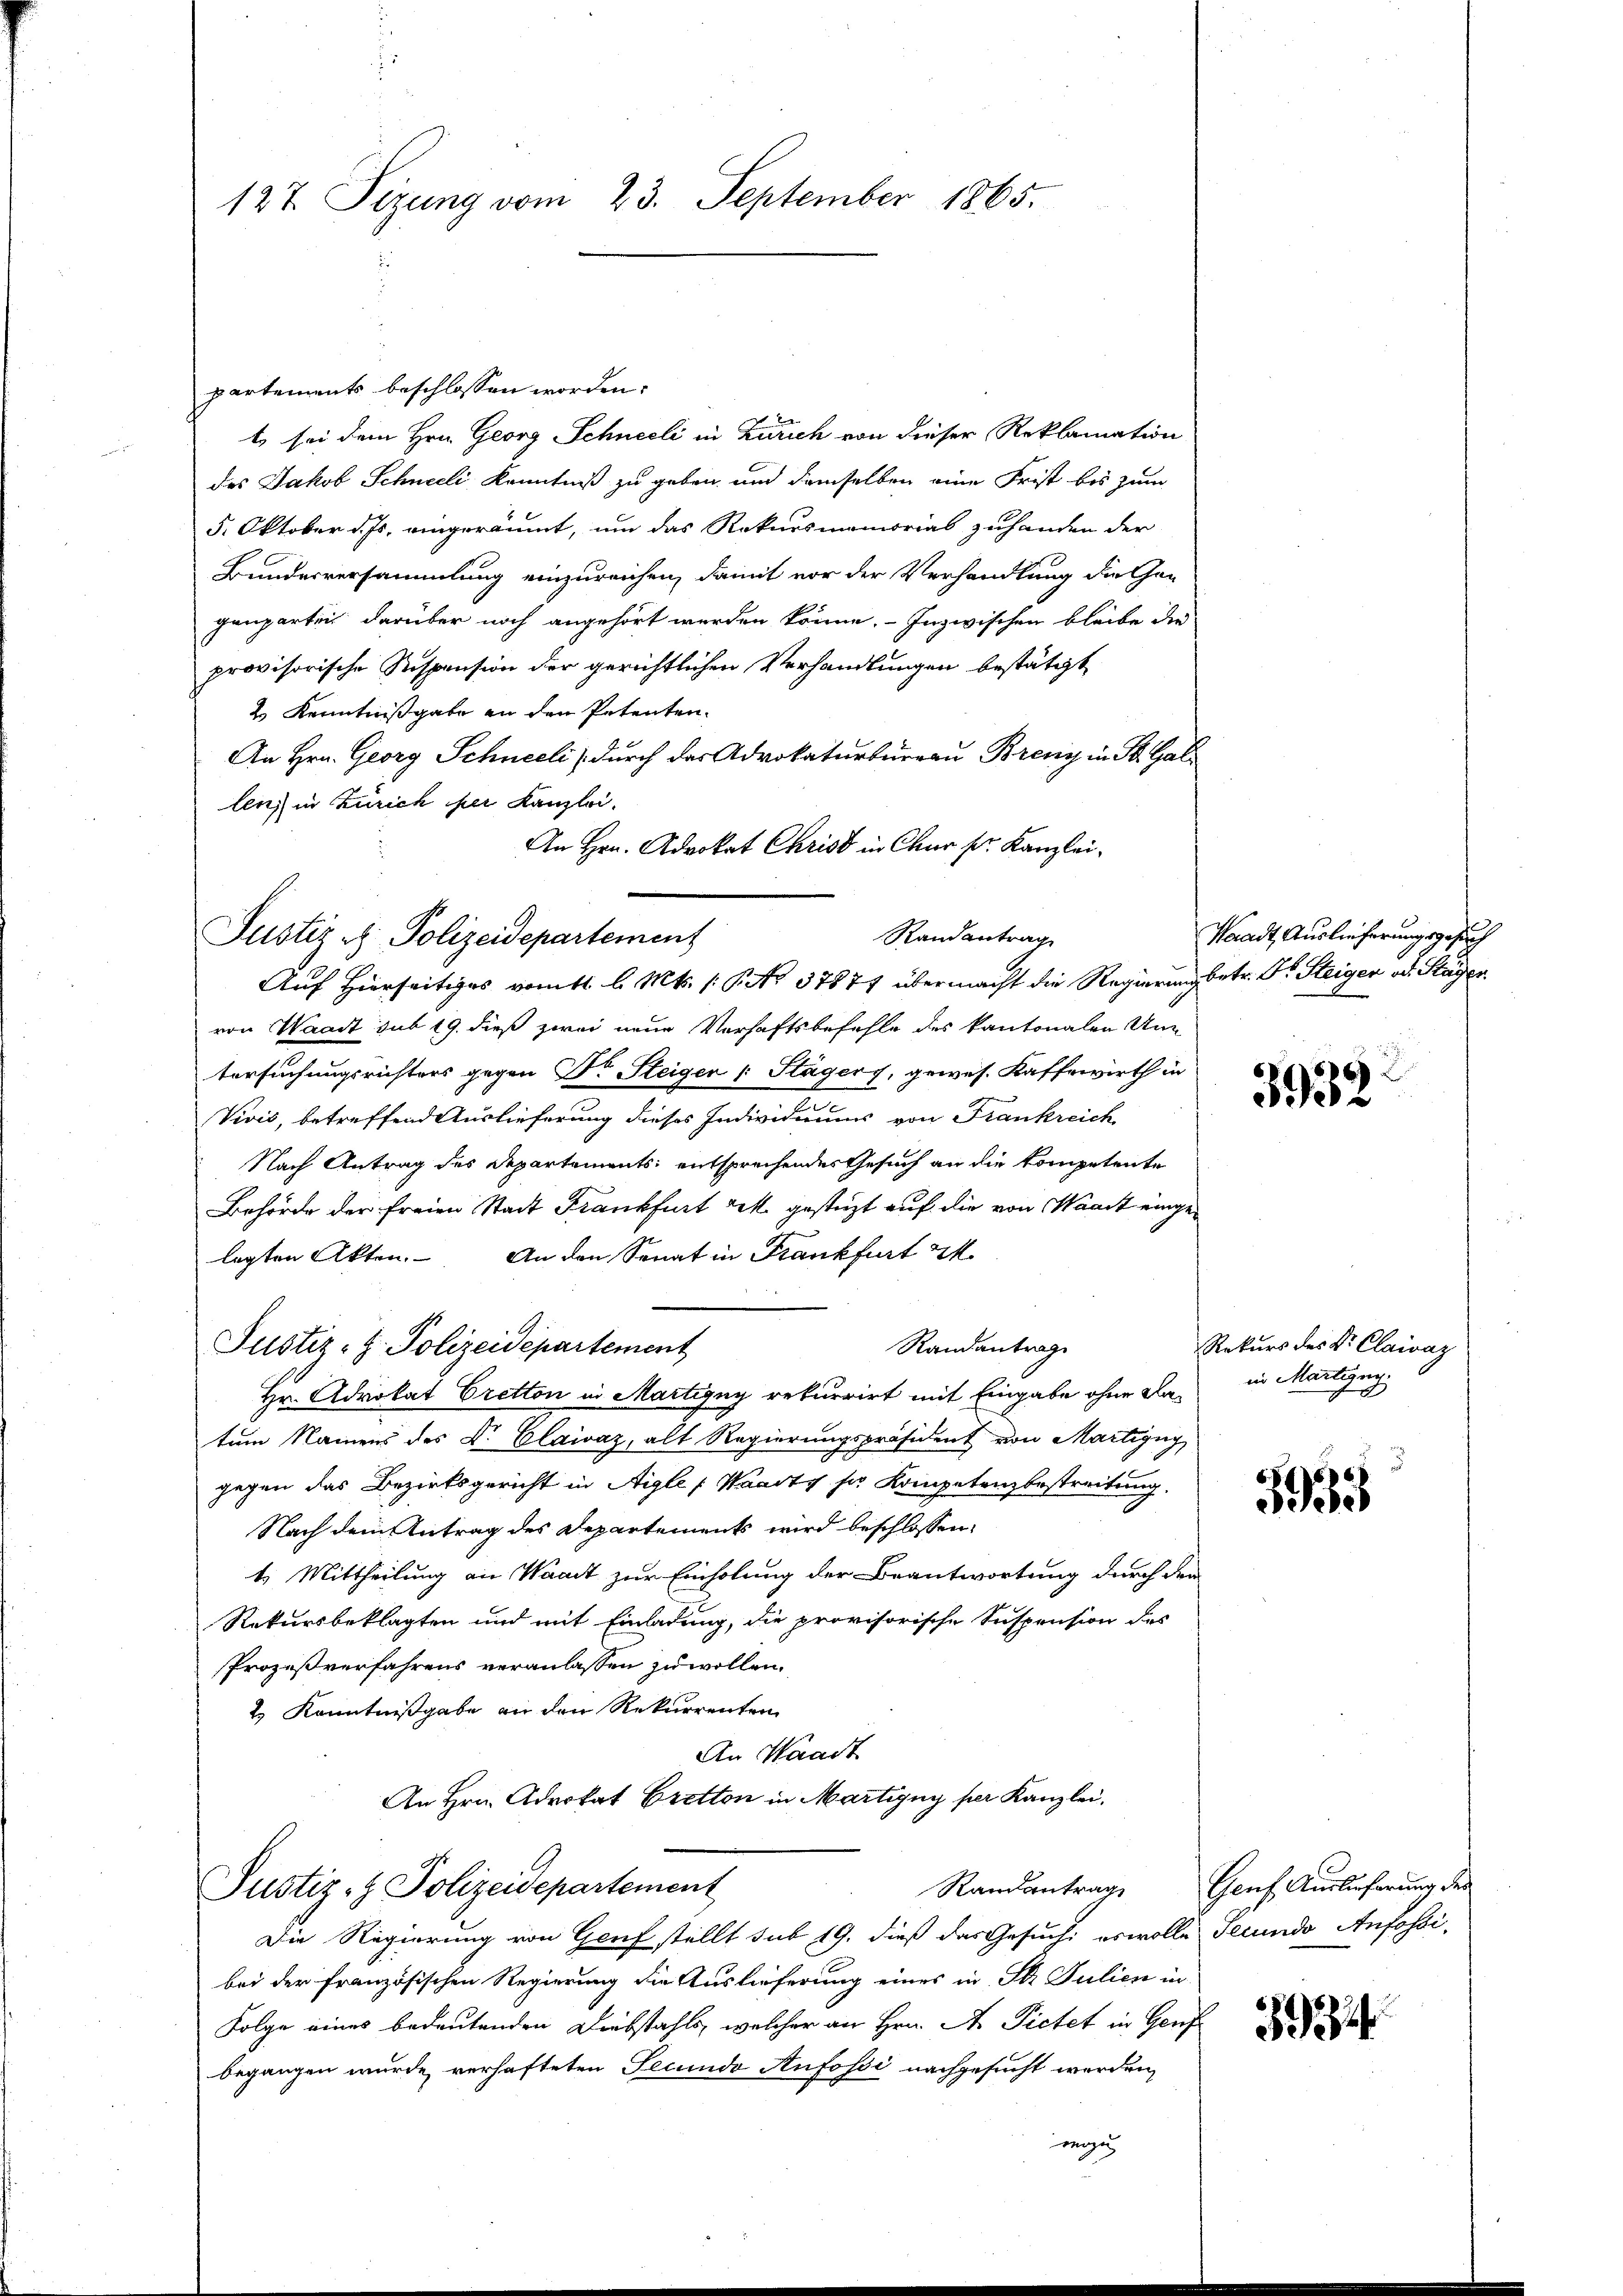
127. Sizung vom 23. September 1865.

partements beschlossen worden.
t sei dem Hrn. Georg Schneeli in Zürich von dieser Reklamation
des Jakob Schneeli Kenntniß zu geben, und demselben eine Frist bis zum
5. Oktober d. Js. eingeräumt, um das Rekursmemorial zuhanden der
Bundesversammlung einzureichen, damit vor der Verhandlung die Gen
genparten darüber noch angehört werden könne. Inzwischen bleibe die
provisorische Respension der gerichtlichen Verhandlungen bestätigt
2 Kenntnißgabe an den Petenten.
An Hrn. Georg Schneeli durch das Advokaturburrau Brenz in St. Gallen) in Zürich per Kanzlei-
An Hrn. Advokat Christ in Chur pr. Kanzleivon Waadt sub 19. dieß zwei neue Verhaftsbefehle des kantonalen Untersuchungsrichters gegen Dr Steiger (: Stägers, gewes. Kaffswirth in
Vivis, betreffend Auslieferung dieses Individuums von Frankreich
Nach Antrag des Departements entsprechendes Gesuch an die Kompetente
Behörde der freien Stadt Frankfurt gek. gestüzt auf die von Waadt eingelegten Akten. An den Senat in Frankfurt M.
Randantrag
Justiz- & Polizeidepartement
Hr. Advokat Cretton in Martigny rekurrirt mit Eingabe ohne Natum Namens des Dr. Claivaz, alt Regierungspräsident von Martigny,
gegen das Bezirksgericht in Aigle (Waadt ser Kompetenzbestreitung.
Nach dem Antrag des Departements wird beschlossen,
t. Mittheilung an Waadt zur Einholung der Beantwortung durch den
Rekursbeklagten und mit Einladung, die provisorische Suspension des
Prozeßverfahrens veranlassen zu wollen.
2.) Kenntnißgabe an den Rekurrenten
An Waadt
An Hrn. Advokat Cretton in Martigny per Kanzlei,
Randantrag
Justiz- & Polizeidepartement
Die Regierung von Genf stellt sub 19. dieß das Gesuch es wolle Secundo Anfossibei der Französischen Regierung die Auslieferung eines in Str. Julien in
Folge eines bedeutenden Diebstahls, welcher an Hrn. A. Pietet in Genf
begangen wurde, verhafteten Secundo Aufossi nachgesucht werden,
mige

Justiz & Polizeidepartement

Randantrag
Auf Hierseitiges vom 11 l. Mts. (T. No 37874 übermacht die Regierung betr. Dr. Steiger od. Stäger

Waadt, Auslieferungsgesuch

3932

Rekurs des Kr. Claivaz
in Martigen.
3

3935

Genf Auslieferung des

394